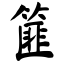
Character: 篚